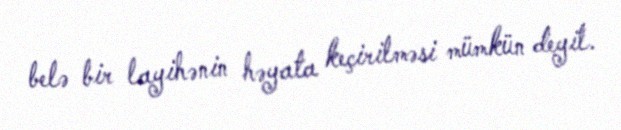
belə bir layihənin həyata keçirilməsi mümkün deyil.